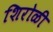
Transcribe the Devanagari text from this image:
शिरोळी